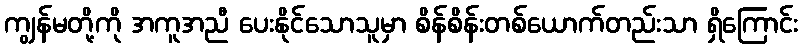
ကျွန်မတို့ကို အကူအညီ ပေးနိုင်သောသူမှာ စိန်စိန်းတစ်ယောက်တည်းသာ ရှိကြောင်း